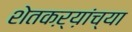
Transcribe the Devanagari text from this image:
शेतकऱ्य़ांच्या